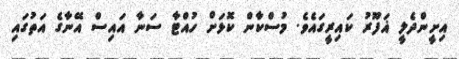
އިށީންދެލީ ޣަފޫރު ކައިރީގައެވެ. މުސްކާން ކޮޅަށް ހުއްޓާ ސަނާ އައިސް އޭނާގެ އަތުގައި